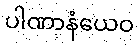
ပါဏာနံယေဝ